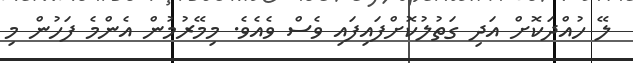
ލޭ ހުއްދަކޮށް އަދި ގަތުލުކޮށްފައިފައި ވެސް ވެއެވެ. މިމޭރުމުން އެންމެ ފަހުން މި